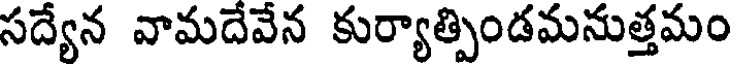
సద్యేన వామదేవేన కుర్యాత్పిండమనుత్తమం